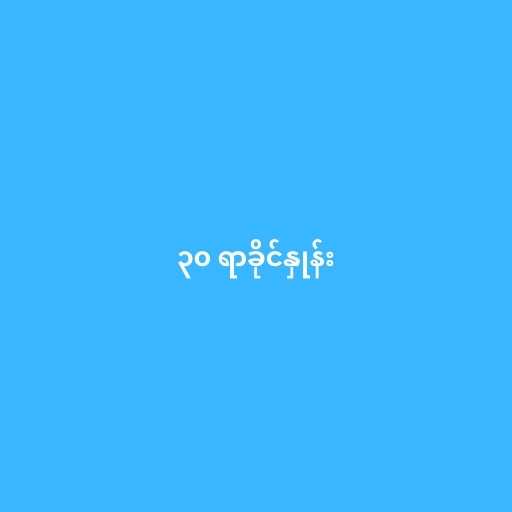
၃၀ ရာခိုင်နှုန်း